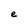
Character: e